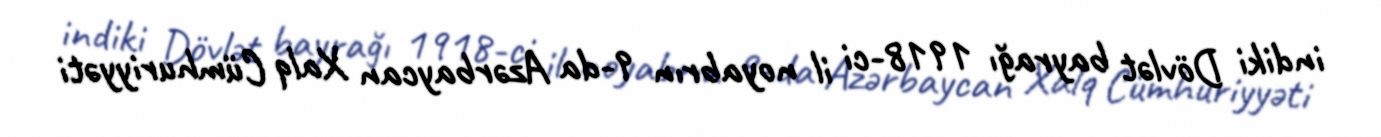
indiki Dövlət bayrağı 1918-ci il noyabrın 9-da Azərbaycan Xalq Cümhuriyyəti